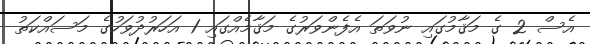
އެސް 2 ގެ މަޤާމުގައި ނުވަތަ އެފެންވަރުގެ މަޤާމެއްގައި 1 އަހަރުދުވަހުގެ މަސައްކަތު